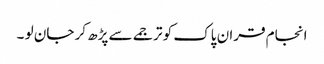
انجام قران پاک کو ترجمے سے پڑھ کر جان لو ۔